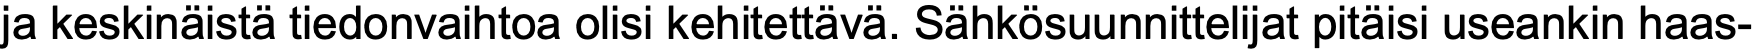
ja keskinäistä tiedonvaihtoa olisi kehitettävä. Sähkösuunnittelijat pitäisi useankin haas-